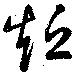
短